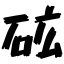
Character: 砿